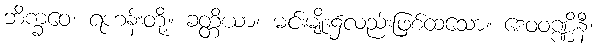
ဘိက္ခဝေ၊ ရဟန်းတို့။ ခတ္တိယာ၊ မင်းမျိုး၌လည်းဖြစ်ထသော။ ဒေဝဝဏ္ဏိနီ၊